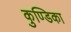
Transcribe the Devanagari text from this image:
कुण्डिका